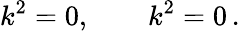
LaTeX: k^{2}=0,\qquad k^{2}=0\, .